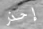
إحذر